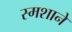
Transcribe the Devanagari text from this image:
स्मशाने